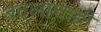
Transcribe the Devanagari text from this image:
बदलाचाही